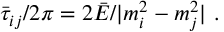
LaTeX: \bar { \tau } _ { i j } / 2 \pi = 2 \bar { E } / | m _ { i } ^ { 2 } - m _ { j } ^ { 2 } | ~ .